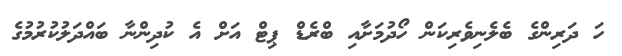
ހަ ދަރިންގެ ބެލެނިވެރިކަން ހޯދުމަށާއި ބްރެޑް ޕިޓް އަށް އެ ކުދިންނާ ބައްދަލުކުރުމުގެ